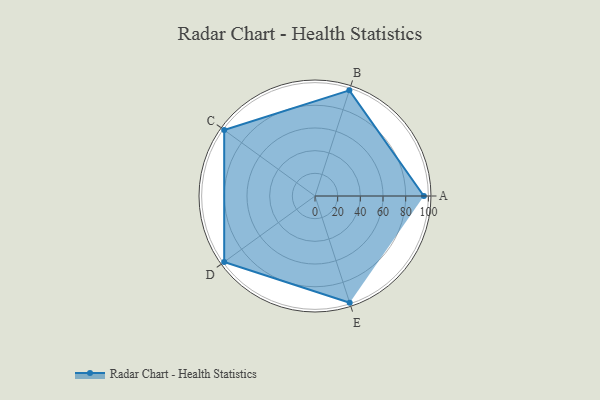
{"axis": {"x": "Skill", "y": "Score"}, "legend": ["Profile"], "data": [{"x": "A", "y": 96.0, "type": "Profile"}, {"x": "B", "y": 98.0, "type": "Profile"}, {"x": "C", "y": 99, "type": "Profile"}, {"x": "D", "y": 99, "type": "Profile"}, {"x": "E", "y": 99, "type": "Profile"}]}